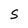
Character: S